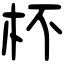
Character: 杯